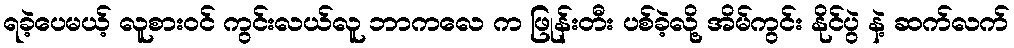
ရခဲ့ပေမယ့် လူစားဝင် ကွင်းလယ်လူ ဘာကလေ က ဖြုန်းတီး ပစ်ခဲ့လို့ အိမ်ကွင်း နိုင်ပွဲ နဲ့ ဆက်လက်